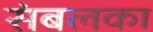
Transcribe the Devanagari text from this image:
संबलका